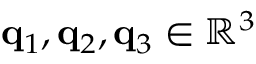
\mathbf { q } _ { 1 } , \mathbf { q } _ { 2 } , \mathbf { q } _ { 3 } \in \mathbb { R } ^ { 3 }